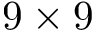
9 \times 9